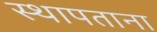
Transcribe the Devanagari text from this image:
स्थापताना